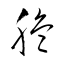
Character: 脆